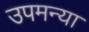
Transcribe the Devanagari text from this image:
उपमन्या